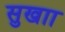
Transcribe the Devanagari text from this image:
सुखाा